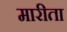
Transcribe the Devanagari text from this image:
मारीता